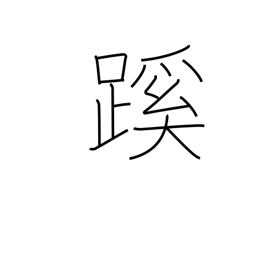
Meaning: path